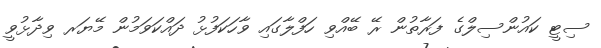
ސިޓީ ކައުންސިލްގެ ފަރާތުން ރޭ ބޭއްވި ހަފްލާގައި ވާހަކަފުޅު ދައްކަވަމުން މޭޔަރ ވިދާޅުވީ